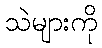
သဲများကို